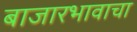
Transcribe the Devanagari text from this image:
बाजारभावाचा